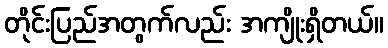
တိုင်းပြည်အတွက်လည်း အကျိုးရှိတယ်။